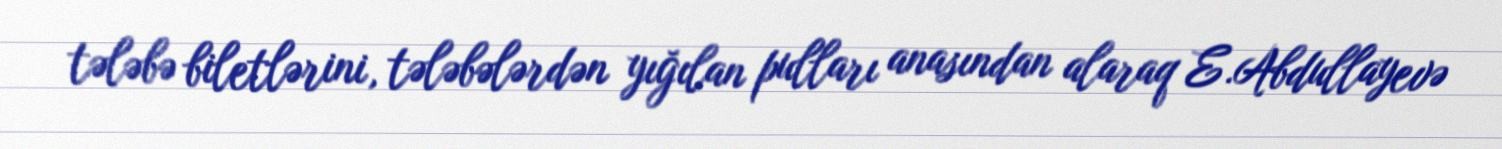
tələbə biletlərini, tələbələrdən yığılan pulları anasından alaraq E.Abdullayevə